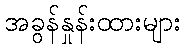
အခွန်နှုန်းထားများ